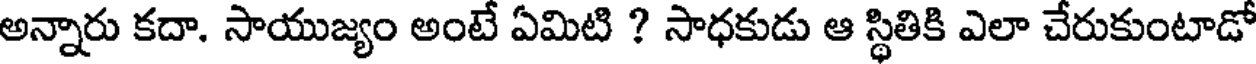
అన్నారు కదా. సాయుజ్యం అంటే ఏమిటి ? సాధకుడు ఆ స్థితికి ఎలా చేరుకుంటాడో